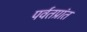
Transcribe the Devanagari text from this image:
पर्वतप्रांत